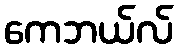
ကေဘယ်လ်